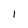
Character: l